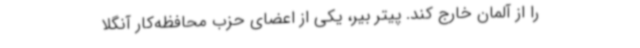
را از آلمان خارج کند. پیتر بیر، یکی از اعضای حزب محافظه‌کار آنگلا